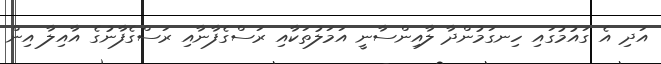
އަދި އެ ގައުމުގައި ހިނގަމުންދާ ލާއިންސާނީ އަމަލުތަކާއި ރަސްގެފާނާއި ރަސްގެފާނުގެ އާއިލާ އިން